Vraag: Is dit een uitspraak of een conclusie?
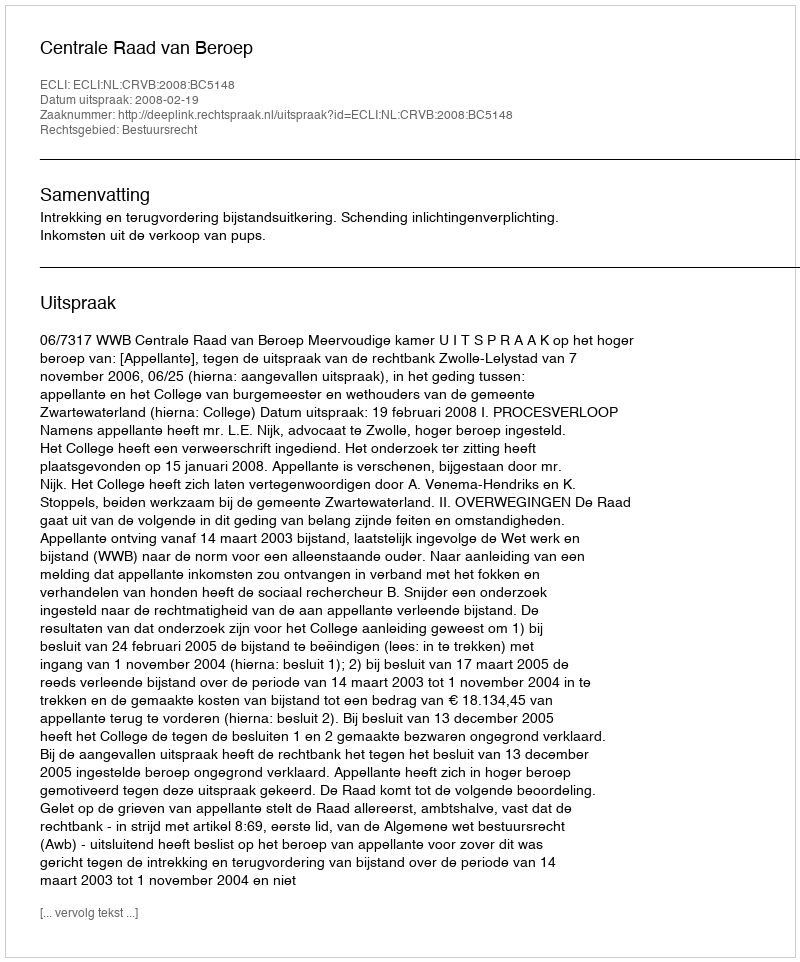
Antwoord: Uitspraak